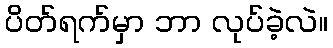
ပိတ်ရက်မှာ ဘာ လုပ်ခဲ့လဲ။